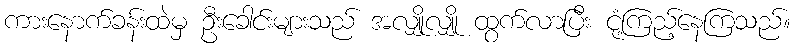
ကားနောက်ခန်းထဲမှ ဦးခေါင်းများသည် အလျှိုလျှို ထွက်လာပြီး ငုံ့ကြည့်နေကြသည်။